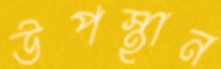
উপস্থান